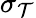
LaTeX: \sigma_{\mathcal{T}}